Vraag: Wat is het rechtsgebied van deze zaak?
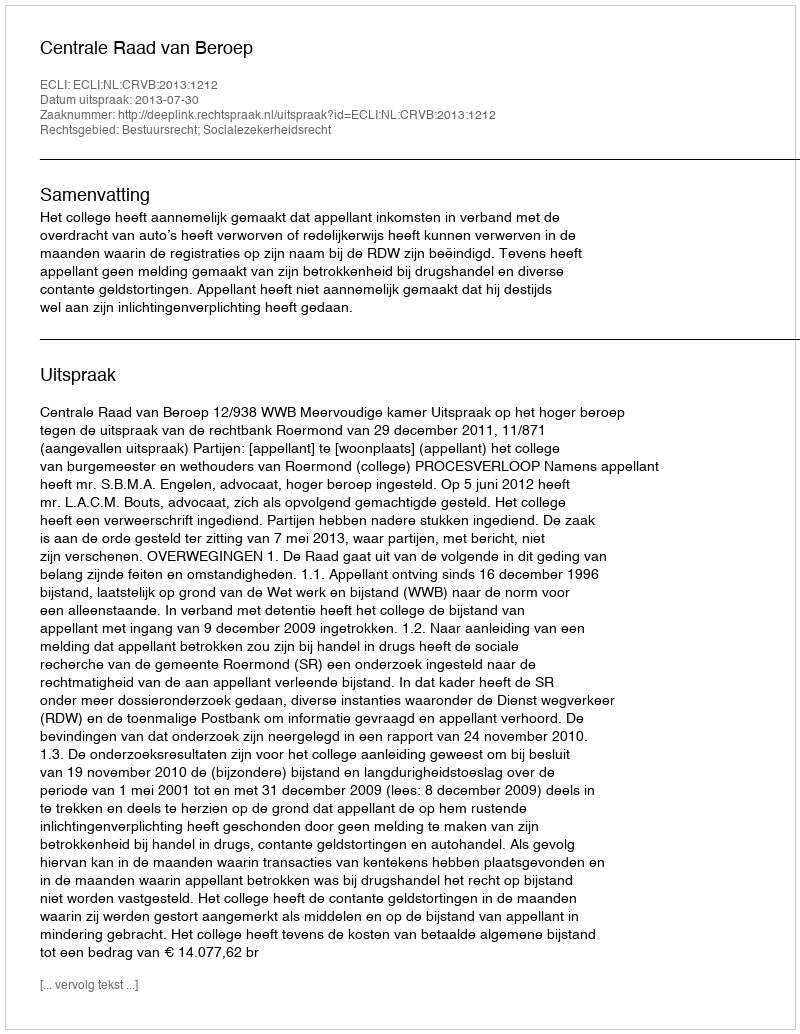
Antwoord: Bestuursrecht; Socialezekerheidsrecht